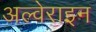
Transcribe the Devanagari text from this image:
अल्वेराइन